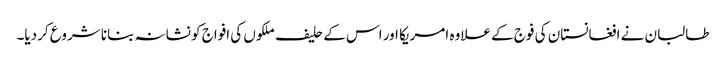
طالبان نے افغانستان کی فوج کے علاوہ امریکا اور اس کے حلیف ملکوں کی افواج کو نشانہ بنانا شروع کردیا۔